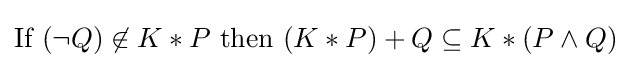
{\text{If }}(\neg Q)\not \in K*P{\text{ then }}(K*P)+Q\subseteq K*(P\wedge Q)